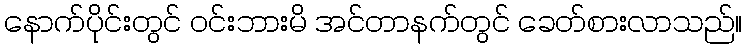
နောက်ပိုင်းတွင် ဝင်းဘားမိ အင်တာနက်တွင် ခေတ်စားလာသည်။